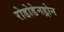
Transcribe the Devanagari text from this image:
रोडोडेनड्रोन